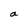
Character: a